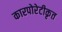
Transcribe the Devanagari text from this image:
कारपोरेटीकृत